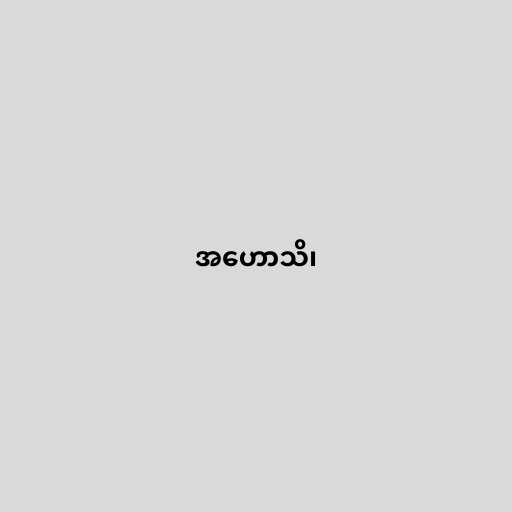
အဟောသိ၊